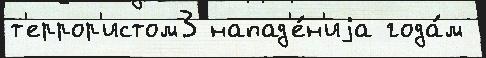
т'еррор'истом3 напад'е́н'иjа года́м